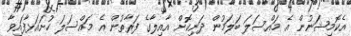
އެކޮމިޝަނުން އެ މައްސަލަ ބަލަމުން ދަނިކޮށް އާއިލާގެ ފަރާތުން އެ މައްސަލަ ހުށައަޅާފައިވާ